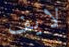
لايف